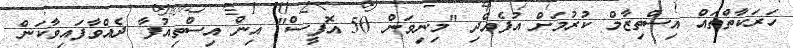
ހަރަކާތްތައް އިސްތިޒާމް ކުރުމަށް އުފެއްދި "މިނިވަން 50 އޮފީސް" އިން އިސްތިއުފާ ދެއްވާފައިވާކަން